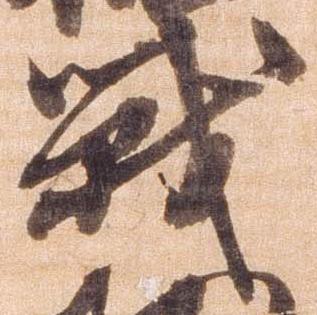
戦